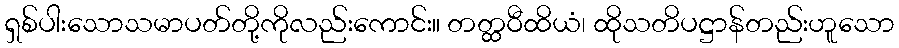
ရှစ်ပါးသောသမာပတ်တို့ကိုလည်းကောင်း။ တတ္ထဝီထိယံ၊ ထိုသတိပဋ္ဌာန်တည်းဟူသော